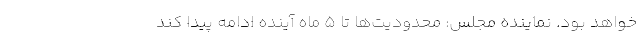
خواهد بود. نماینده مجلس: محدودیت‌ها تا 5 ماه آینده ادامه پیدا کند